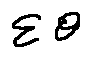
\sum \theta